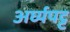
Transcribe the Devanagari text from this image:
अर्घ्यपट्ट